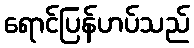
ရောင်ပြန်ဟပ်သည်